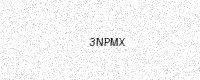
Text: 3NPMX